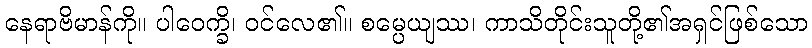
နေရာဗိမာန်ကို။ ပါဝေက္ခိ၊ ဝင်လေ၏။ စမ္ပေယျဿ၊ ကာသိတိုင်းသူတို့၏အရှင်ဖြစ်သော